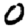
Digit: 0